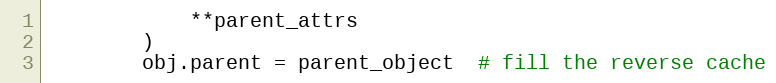
Language: Python
            **parent_attrs
        )
        obj.parent = parent_object  # fill the reverse cache